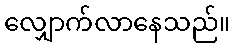
လျှောက်လာနေသည်။